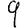
Digit: 9